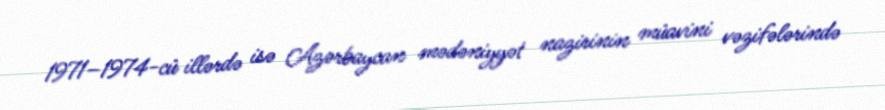
1971–1974-cü illərdə isə Azərbaycan mədəniyyət nazirinin müavini vəzifələrində